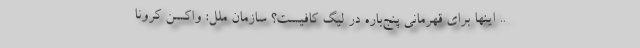
.. اینها برای قهرمانی پنج‌باره در لیگ کافیست؟ سازمان ملل: واکسن کرونا